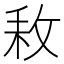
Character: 𢼡